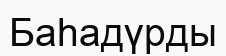
Баһадүрды